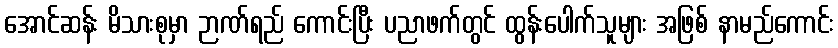
အောင်ဆန်း မိသားစုမှာ ဉာဏ်ရည် ကောင်းပြီး ပညာဖက်တွင် ထွန်းပေါက်သူများ အဖြစ် နာမည်ကောင်း